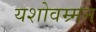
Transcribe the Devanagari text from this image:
यशोवम्र्मन